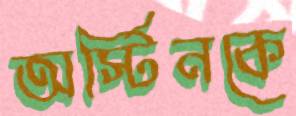
অস্টিনকে